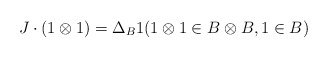
\begin{align*}J\cdot(1\otimes 1)=\Delta_B 1(1\otimes 1\in B\otimes B, 1\in B)\end{align*}